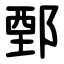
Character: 鄄